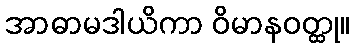
အာဓာမဒါယိကာ ဝိမာနဝတ္ထု။